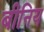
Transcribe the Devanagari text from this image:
बीनिय